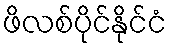
ဖိလစ်ပိုင်နိုင်ငံ